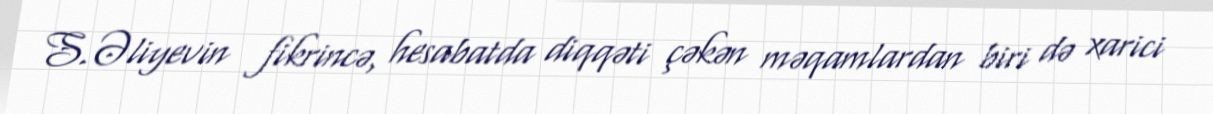
S.Əliyevin fikrincə, hesabatda diqqəti çəkən məqamlardan biri də xarici